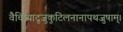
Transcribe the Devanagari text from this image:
वैचित्र्यादृजुकुटिलनानापथजुषाम्।